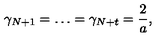
\gamma _ { N + 1 } = \ldots = \gamma _ { N + t } = \frac { 2 } { a } ,